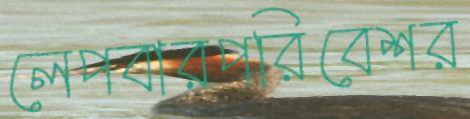
লেপবারপরিবেশর